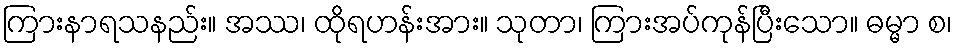
ကြားနာရသနည်း။ အဿ၊ ထိုရဟန်းအား။ သုတာ၊ ကြားအပ်ကုန်ပြီးသော။ ဓမ္မာ စ၊